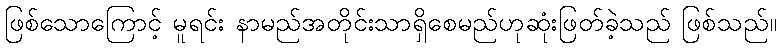
ဖြစ်သောကြောင့် မူရင်း နာမည်အတိုင်းသာရှိစေမည်ဟုဆုံးဖြတ်ခဲ့သည် ဖြစ်သည်။